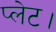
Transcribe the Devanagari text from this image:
प्लेट।